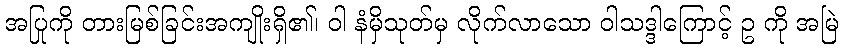
အပြုကို တားမြစ်ခြင်းအကျိုးရှိ၏၊ ဝါ နံမှိသုတ်မှ လိုက်လာသော ဝါသဒ္ဒါကြောင့် ဥ ကို အမြဲ